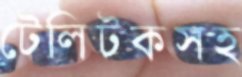
টেলিটকসহ